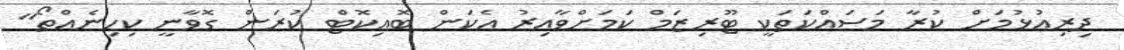
ދިރިއުޅުމަށް ކުރާ މަސައްކަތަކީ ޓޫރިޒަމް ކަމަށްވާއިރު އެކަން ބޮއިކޮޓް ކުރަން ގޮވާނީ ކިހިނެއްތޯ"